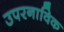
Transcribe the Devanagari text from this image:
उपरनाविक